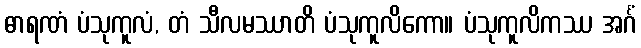
ဓာရဏံ ပံသုကူလံ, တံ သီလမဿာတိ ပံသုကူလိကော။ ပံသုကူလိကဿ အင်္ဂံ